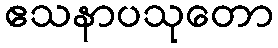
ဧသနာပသုတော